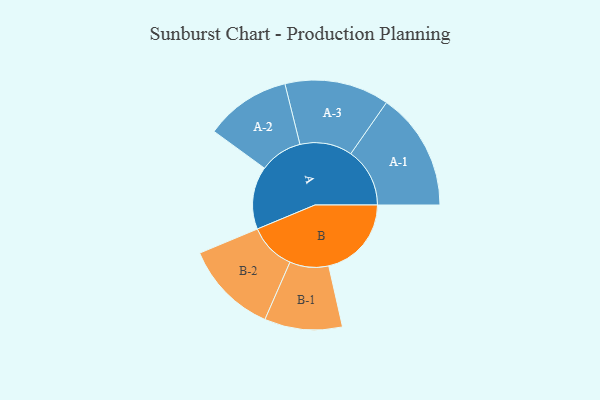
{"axis": {"x": "Segment", "y": "Value"}, "legend": ["", "A", "B"], "data": [{"x": "A", "y": 310, "type": ""}, {"x": "B", "y": 408, "type": ""}, {"x": "A-1", "y": 291, "type": "A"}, {"x": "A-2", "y": 211, "type": "A"}, {"x": "A-3", "y": 258, "type": "A"}, {"x": "B-1", "y": 192, "type": "B"}, {"x": "B-2", "y": 231, "type": "B"}]}